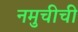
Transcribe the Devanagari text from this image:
नमुचीची